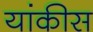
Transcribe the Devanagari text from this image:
यांकीस